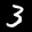
Label: 3